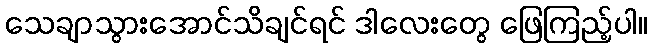
သေချာသွားအောင်သိချင်ရင် ဒါလေးတွေ ဖြေကြည့်ပါ။